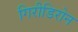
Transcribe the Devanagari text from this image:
गिरीडिरोन